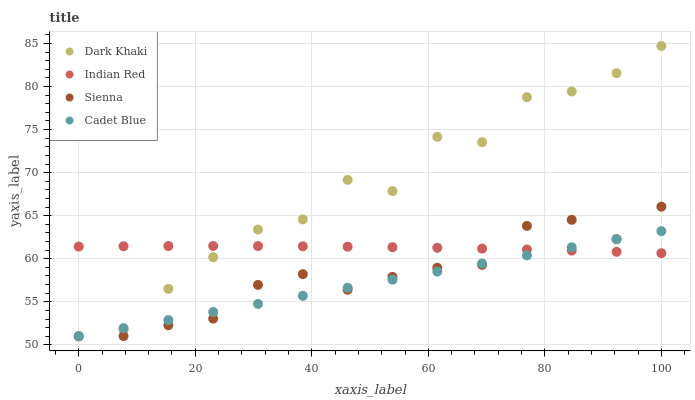
| xaxis_label | Dark Khaki | Indian Red | Sienna | Cadet Blue |
 | --- | --- | --- | --- | --- |
 | 0 | 51 | 61.4 | 51 | 51 |
 | 7.69 | 51.7 | 61.5 | 51 | 51.9 |
 | 15.4 | 56.5 | 61.5 | 52.3 | 52.9 |
 | 23.1 | 60.2 | 61.5 | 53 | 53.8 |
 | 30.8 | 63.4 | 61.5 | 57 | 54.8 |
 | 38.5 | 64.6 | 61.4 | 58.2 | 55.7 |
 | 46.2 | 69.2 | 61.4 | 56.4 | 56.6 |
 | 53.8 | 67.9 | 61.3 | 57.9 | 57.6 |
 | 61.5 | 74.2 | 61.3 | 58.9 | 58.5 |
 | 69.2 | 73.5 | 61.2 | 59.3 | 59.5 |
 | 76.9 | 78.8 | 61.1 | 63.8 | 60.4 |
 | 84.6 | 79.4 | 60.9 | 64.5 | 61.3 |
 | 92.3 | 81.6 | 60.8 | 62.3 | 62.3 |
 | 100 | 84.7 | 60.7 | 66 | 63.2 |